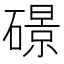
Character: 𥖉